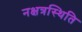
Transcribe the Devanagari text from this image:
नक्षत्रस्थिति